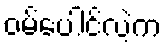
ဝမ်ပေါင်လဲ့က